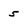
Character: 5